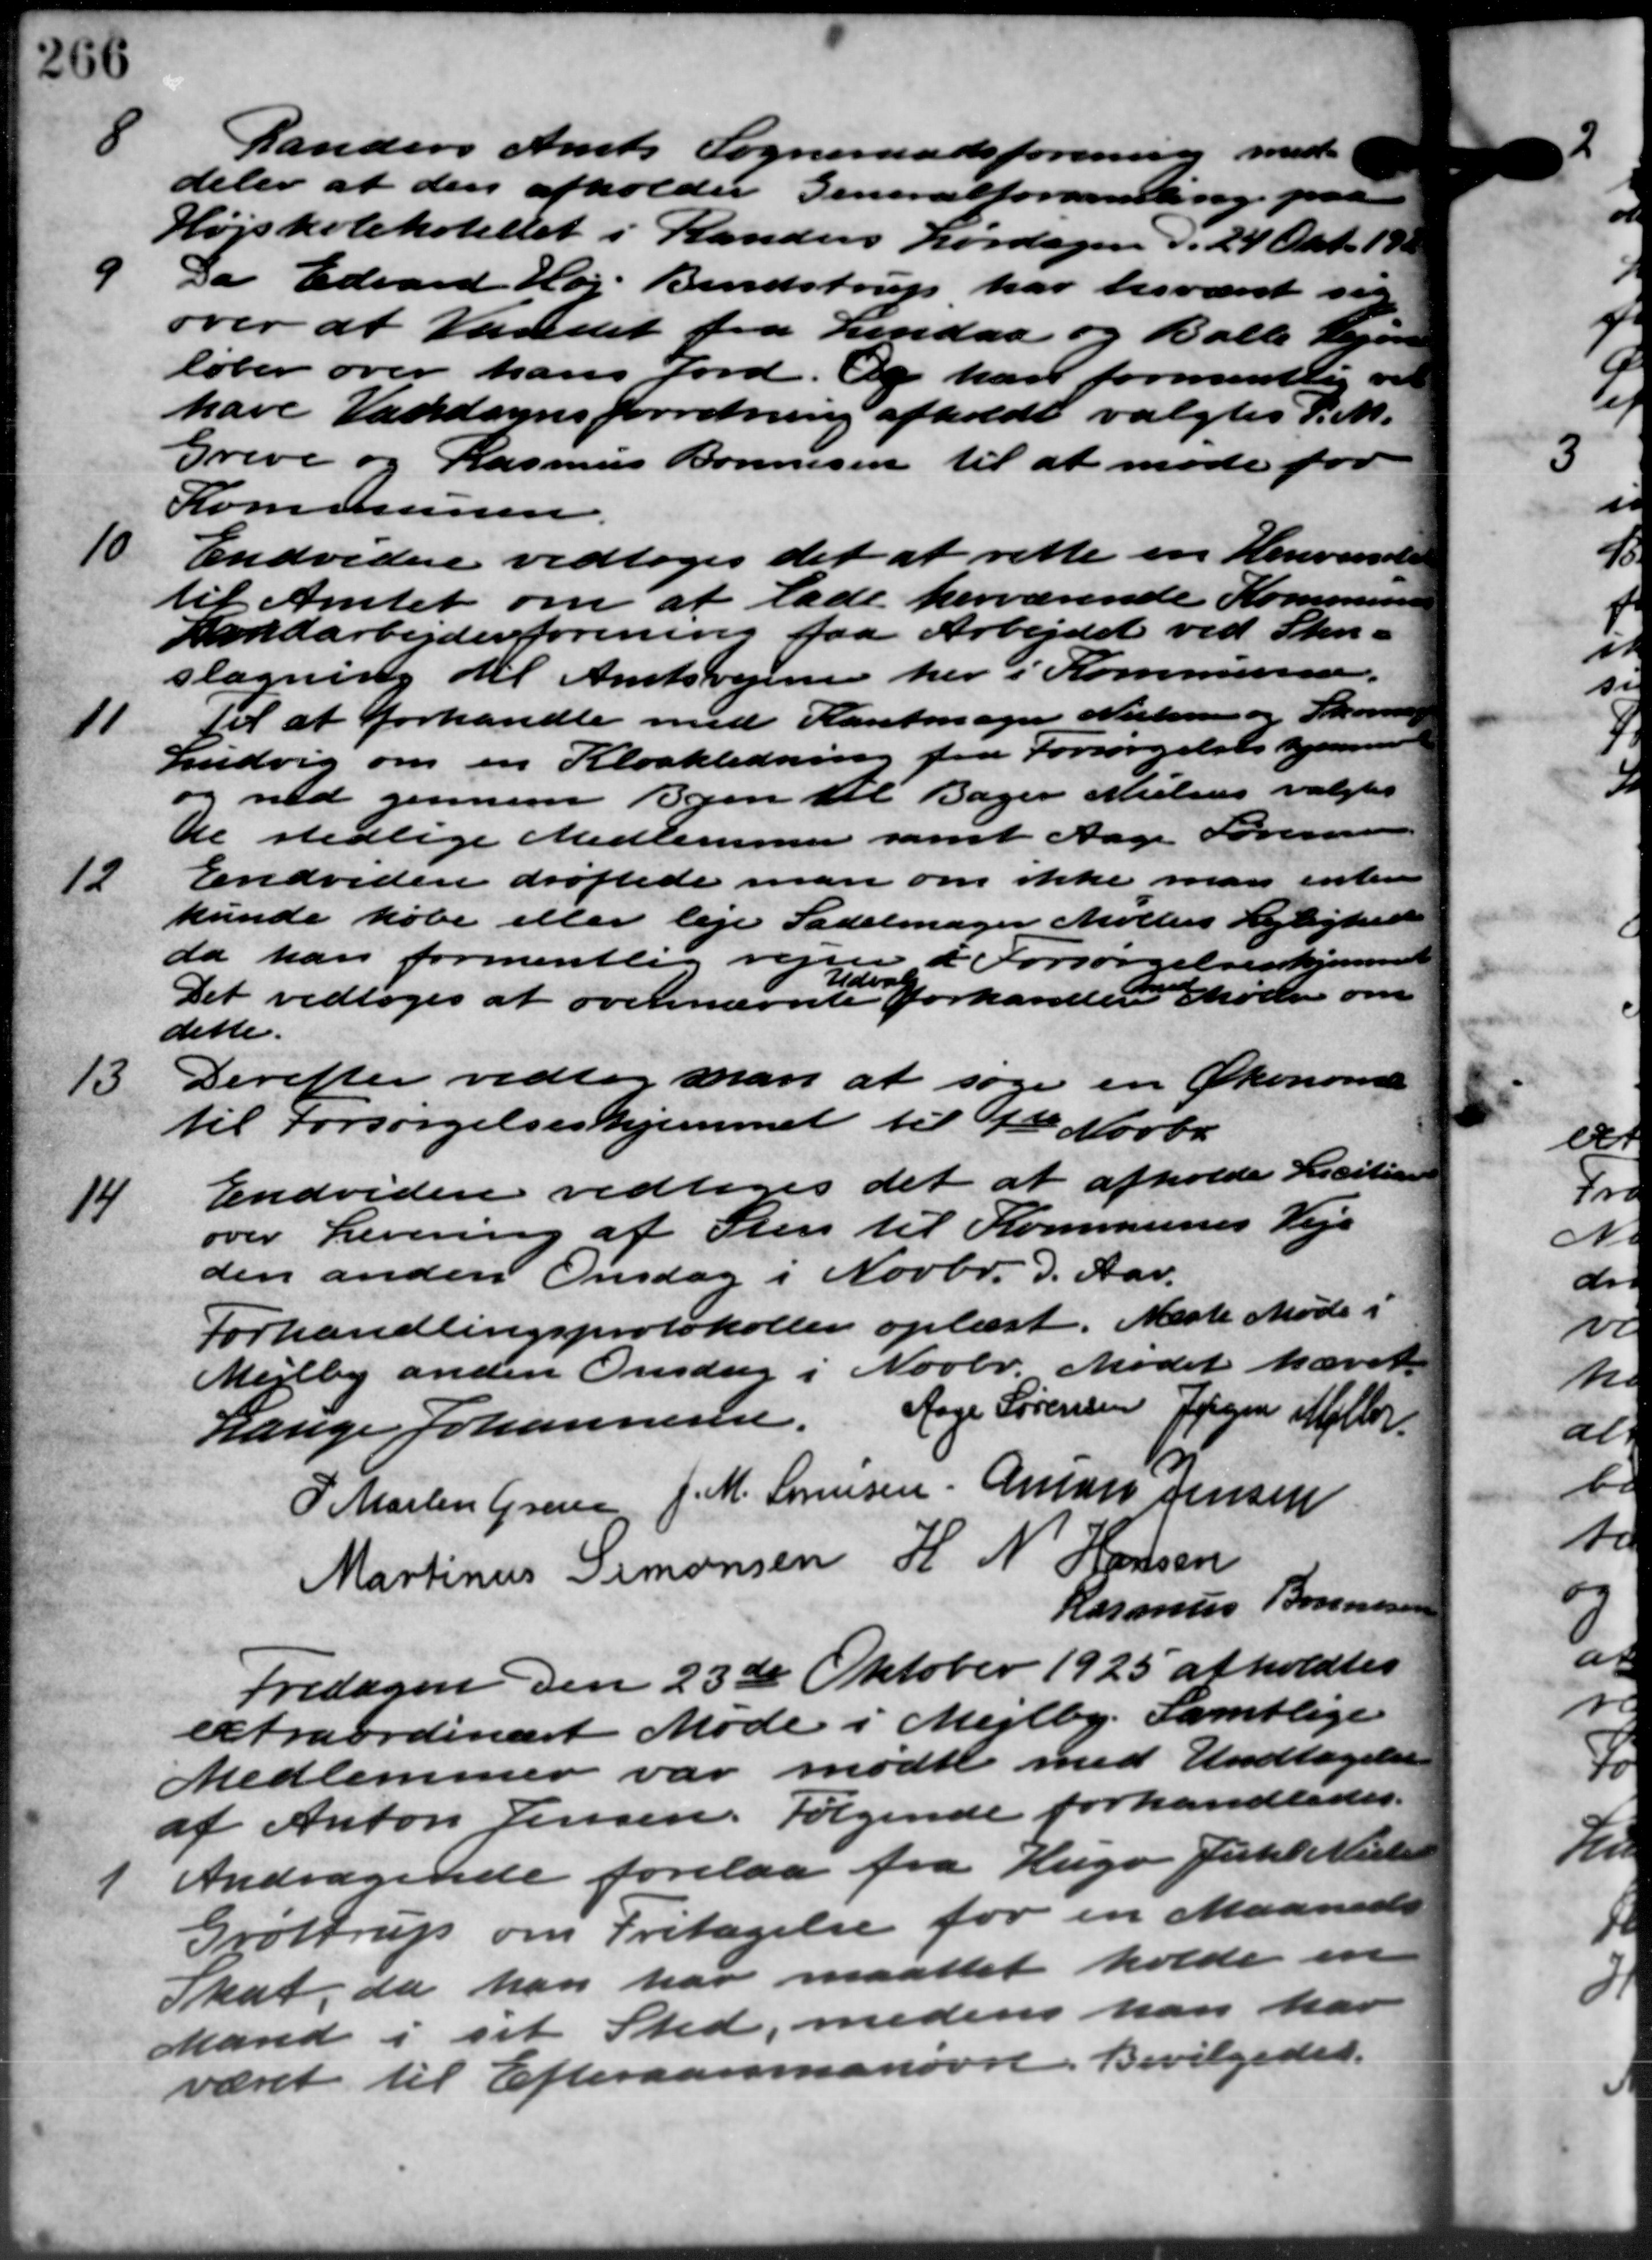
Transskription:
8
Randers Amts Sogneraadsforening med
deler at den afholder Generalforhandling paa
Højskolehotellet i Randers Lørdagen d. 24 Okt. 192
9
over at Vandet fra Lindaa og Balle Sagen
Da Edvard Høj Bendstrup har besværet sin
løber over hans Jord. Og han formentlig ved
have Vandsynsforretning afholdt valgtes P. M.
Greve og Rasmus Bonnesen til at møde for
Kommunen.
10
Endvidere vedtoges det at rette en Henvissels
til Amtet om at lade herværende Kommunen
Landarbejderforening faa Arbejdet ved Skri-
slagning til Amtsvejene her i Kommunen.
11
til at forhandle med Kantmager Nielsen og Skove
Ludvig om en Kloakledning fra Forsørgelseshjems
og med gennem Byen til Bager Nielsen valgtes
de stedlige Medlemmer samt Aage Sørensen
12
Endvidere drøftede man om ikke man entere
kunde købe eller leje Sadelmager Møllers Lejlighed
da han formentlig vejen i Forsørgelseshjem
Udvalg
Det vedtoges at ovennævnte forhandles Møller om
dette.
13.
Derefter vedtog man at søge en Økonome
til Forsørgelseshjemmet til 1te Novbr.
14
Endvidere vedtoges det at afholde Licitia
over Levering af Sten til Kommunes Veje
den anden Onsdag i Novbr. d. Aar.
Forhandlingsprotokollen oplæst. Næste Møde i
Mejlby anden Onsdag i Novbr. Mødet hævet.
Lauge Johannesen, Aage Sørensen Jørgen Møller
P. Martin Greve J. M. Sørensen, Anton Jensen
Martinus Simonsen H. N. Hansen
Rasmus Bonnesen
Fredagen den 23de Oktober 1925 afholdtes
extraordinært Møde i Mejlby. Samtlige
Medlemmer var mødte med Undtagelse
af Anton Jensen. Følgende forhandledes.
1
Andragende forelaa fra Hugo Juhl Nielsen
Grøttrup om Fritagelse for en Maaneder
skat, da han har maattet holde en
Mand i sit Sted, medens han har
været til Efteraarsmanøvre. Bevilgedes.